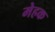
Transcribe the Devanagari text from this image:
मेहक